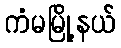
ကံမမြို့နယ်